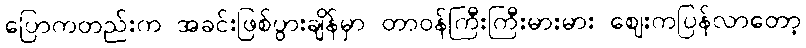
ပြောကတည်းက အခင်းဖြစ်ပွားချိန်မှာ တာဝန်ကြီးကြီးမားမား ဈေးကပြန်လာတော့